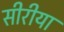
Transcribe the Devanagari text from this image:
सीरीया